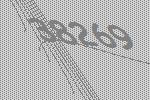
38269